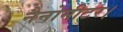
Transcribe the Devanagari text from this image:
नैनोमीटर।